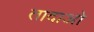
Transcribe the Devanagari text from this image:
तादाओ